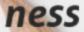
ness